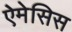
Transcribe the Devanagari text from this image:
ऐमेसिस